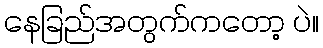
နေခြည်အတွက်ကတော့ ပဲ။